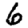
Digit: 6